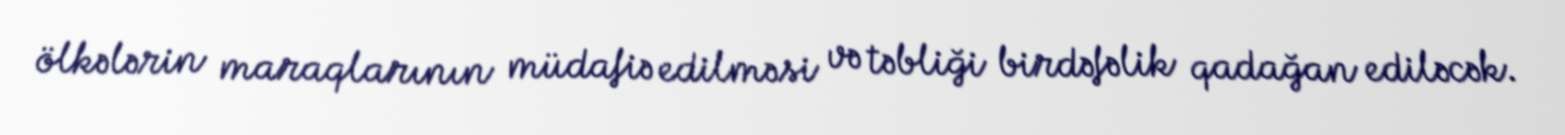
ölkələrin maraqlarının müdafiə edilməsi və təbliği birdəfəlik qadağan ediləcək.